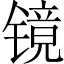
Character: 镜